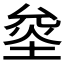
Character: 𰉿